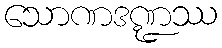
သောဏဒဏ္ဍဿ